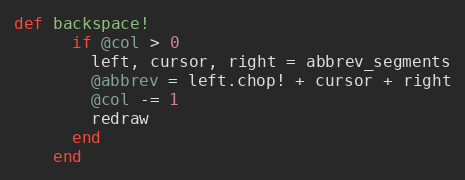
Language: Ruby
def backspace!
      if @col > 0
        left, cursor, right = abbrev_segments
        @abbrev = left.chop! + cursor + right
        @col -= 1
        redraw
      end
    end